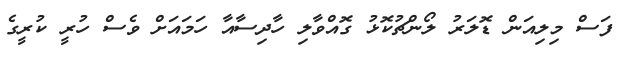
ފަސް މިލިއަން ޑޮލަރު ލޯންޗުކޮޅު ގޮއްވާލި ހާދިސާއާ ހަމައަށް ވެސް ހުރީ ކުރީގެ